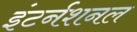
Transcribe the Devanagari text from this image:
इंटर्नशनल